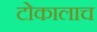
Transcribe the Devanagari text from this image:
टोकालाच